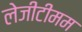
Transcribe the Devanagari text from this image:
लेजीटीमम